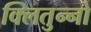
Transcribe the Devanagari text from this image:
क्लितुन्नो